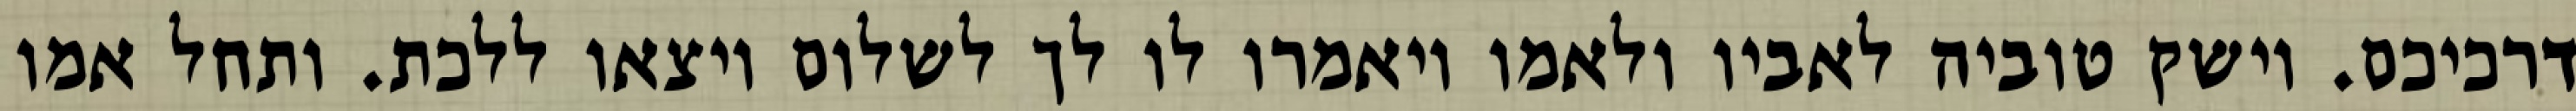
דרכיכם. וישק טוביה לאביו ולאמו ויאמרו לו לך לשלום ויצאו ללכת. ותחל אמו